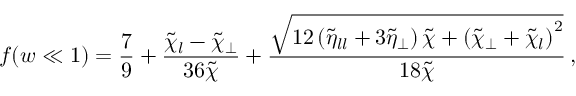
f ( w \ll 1 ) = \frac { 7 } { 9 } + \frac { \tilde { \chi } _ { l } - \tilde { \chi } _ { \perp } } { 3 6 \tilde { \chi } } + \frac { \sqrt { 1 2 \left( \tilde { \eta } _ { l l } + 3 \tilde { \eta } _ { \perp } \right) \tilde { \chi } + \left( \tilde { \chi } _ { \perp } + \tilde { \chi } _ { l } \right) ^ { 2 } } } { 1 8 \tilde { \chi } } \, ,